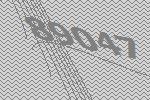
89047